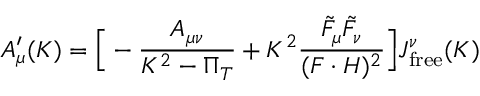
A _ { \mu } ^ { \prime } ( K ) = \Big [ - { \frac { A _ { \mu \nu } } { K ^ { 2 } - \Pi _ { T } } } + K ^ { 2 } { \frac { \tilde { F } _ { \mu } \tilde { F } _ { \nu } } { ( F \cdot H ) ^ { 2 } } } \Big ] J _ { \mathrm { f r e e } } ^ { \nu } ( K )